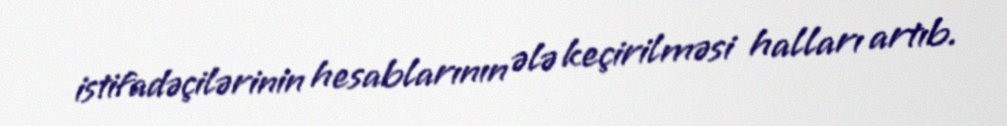
istifadəçilərinin hesablarının ələ keçirilməsi halları artıb.